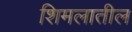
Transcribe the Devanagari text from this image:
शिमलातील